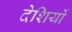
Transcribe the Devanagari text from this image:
देशियों